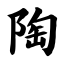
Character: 陶